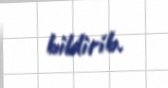
bildirib.